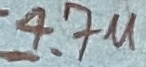
Text: 4.7u